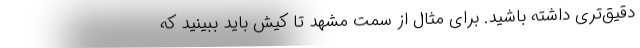
دقیق‌تری داشته باشید. برای مثال از سمت مشهد تا کیش باید ببینید که